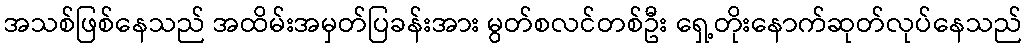
အသစ်ဖြစ်နေသည် အထိမ်းအမှတ်ပြခန်းအား မွတ်စလင်တစ်ဦး ရှေ့တိုးနောက်ဆုတ်လုပ်နေသည်